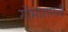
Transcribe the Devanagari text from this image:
गोमारामजी